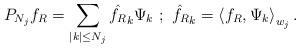
LaTeX: \begin{align*}P_{N_j}f_R=\sum_{|k|\leq N_j} \hat{f_R}_k \Psi_k \, \,; \, \, \hat{f_R}_k=\left<f_R,\Psi_k\right>_{w_j}.\end{align*}